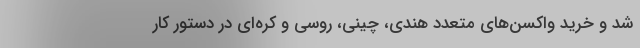
شد و خرید واکسن‌های مُتعدد هندی، چینی، روسی و کره‌ای در دستور کار